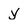
Character: y